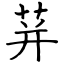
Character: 荓